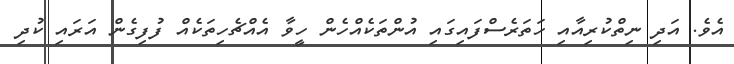
އެވެ. އަދި ނިތްކުރިއާއި ހަތަރެސްފައިގައި އުންތަކެއްހެން ހީވާ އެއްޗެހިތަކެއް ފުފިގެން އަރައި ކުދި